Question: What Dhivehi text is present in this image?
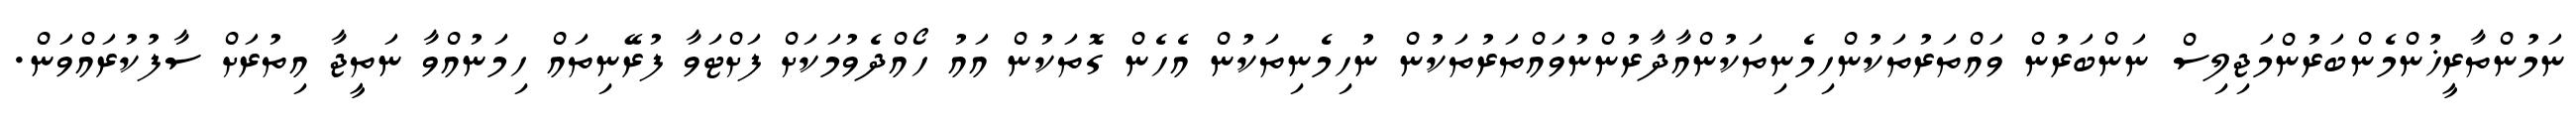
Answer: ނަމުންތާރީޚުންމެންބަރުންމަޖިލިސް ނަންބަރުން ވައްތަރުތަކުންހިމެނިތަކުންއާދާރުންނުވައްތަރުތަކުން ނުހިމެނިތަކުން އެހެން ގޮތަކުން އައު ހޯއްދެވުމަކަށް ފަށްޓަވާ ފުރޭނިތައް ހިމަނުއްވާ ނަތީޖާ އިތުރަށް ސާފުކުރައްވަން.